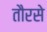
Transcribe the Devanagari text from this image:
तौरसे